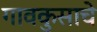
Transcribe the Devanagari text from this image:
गावकुसाचे